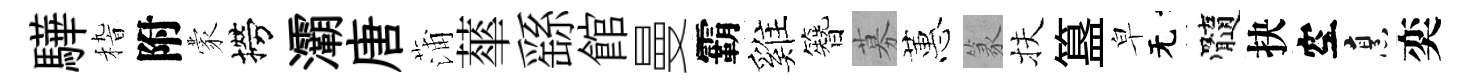
驊𥟵附蒙撈灞唐蒲蕐繇館曼霸雞簪募蕙篆扶簋皁无髓抉空烹奕